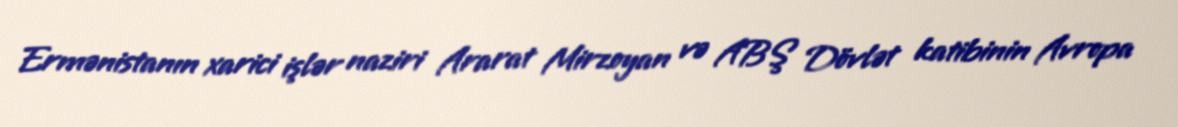
Ermənistanın xarici işlər naziri Ararat Mirzoyan və ABŞ Dövlət katibinin Avropa